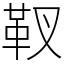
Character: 靫